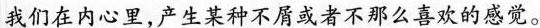
我们在内心里，产生某种不屑或者不那么喜欢的感觉。